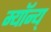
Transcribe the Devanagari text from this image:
म्यॉन्य्